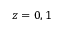
z = 0 , 1